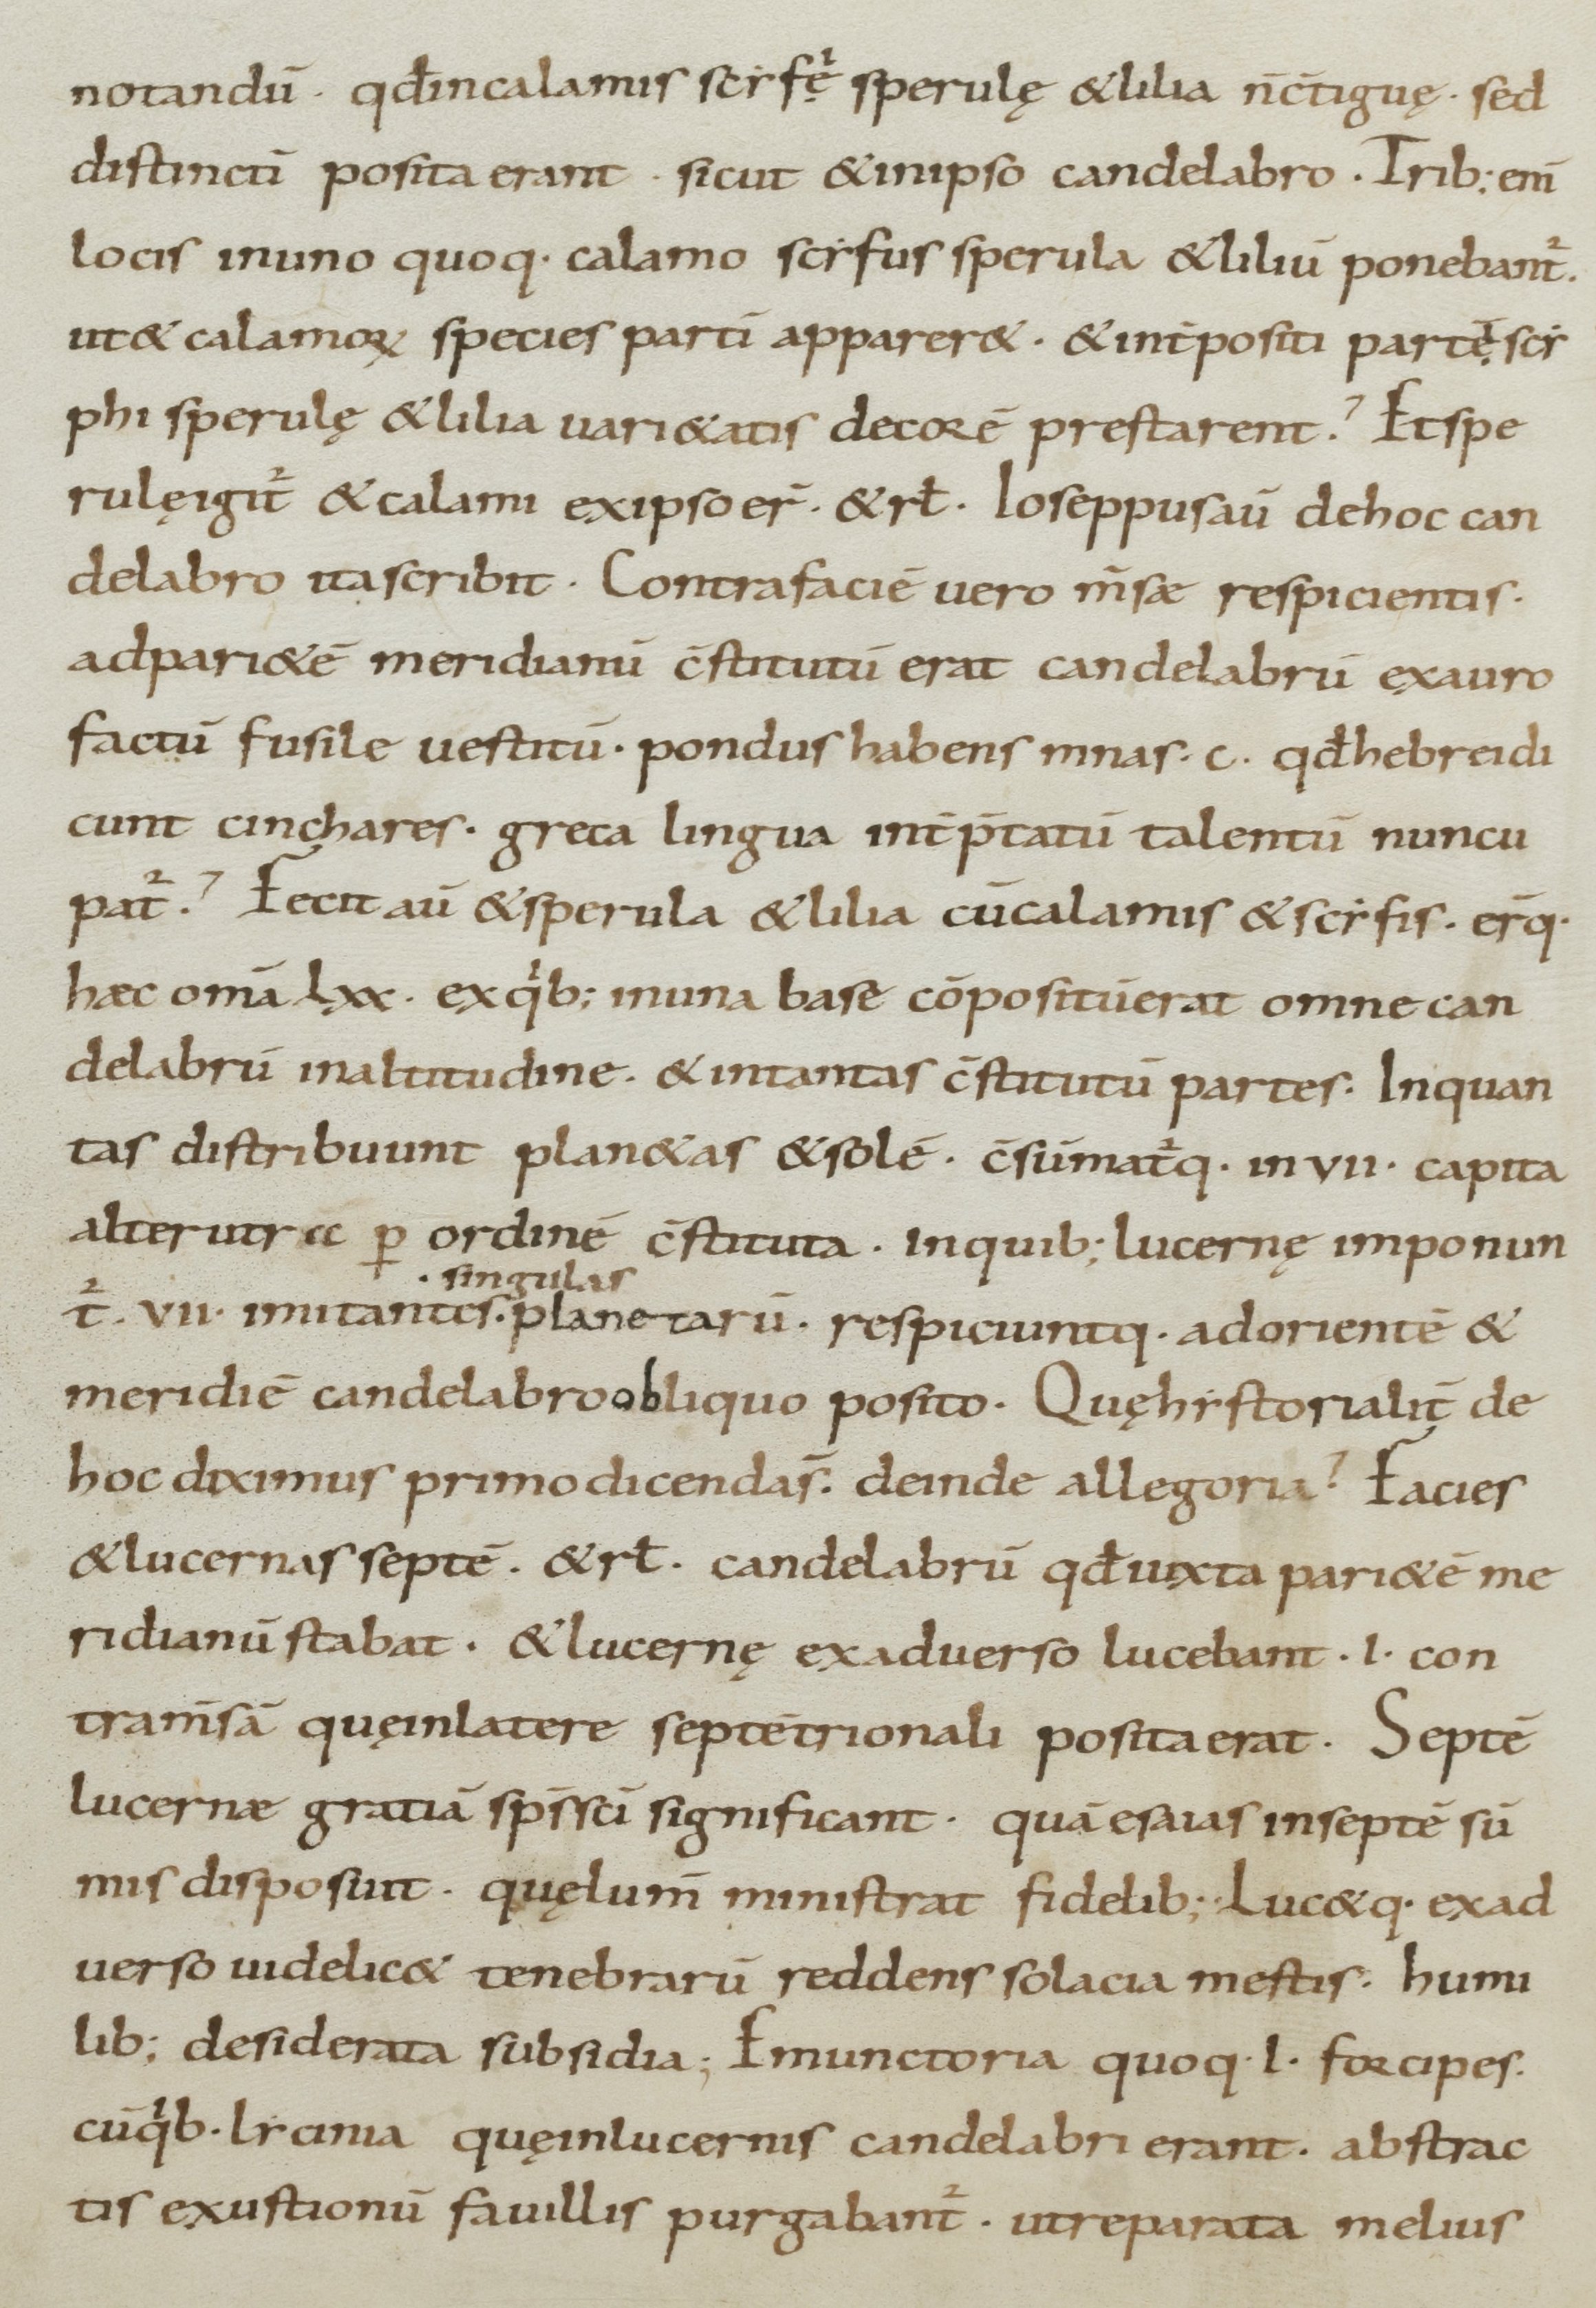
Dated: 800–899